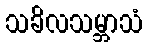
သခိလသမ္ဘာသံ